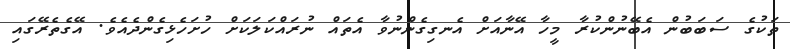
ތަކުގެ ސަބަބުން އެބޭނުންކުރާ މީހާ އޭނާއަށް އެނގިގެންނުވާ އެތައް ނުރައްކަލަކަށް ހުށަހެޅިގެންދެއެވެ. އޭގެތެރޭގައި